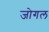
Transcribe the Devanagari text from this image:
जोगल